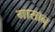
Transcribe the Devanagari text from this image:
मासान्